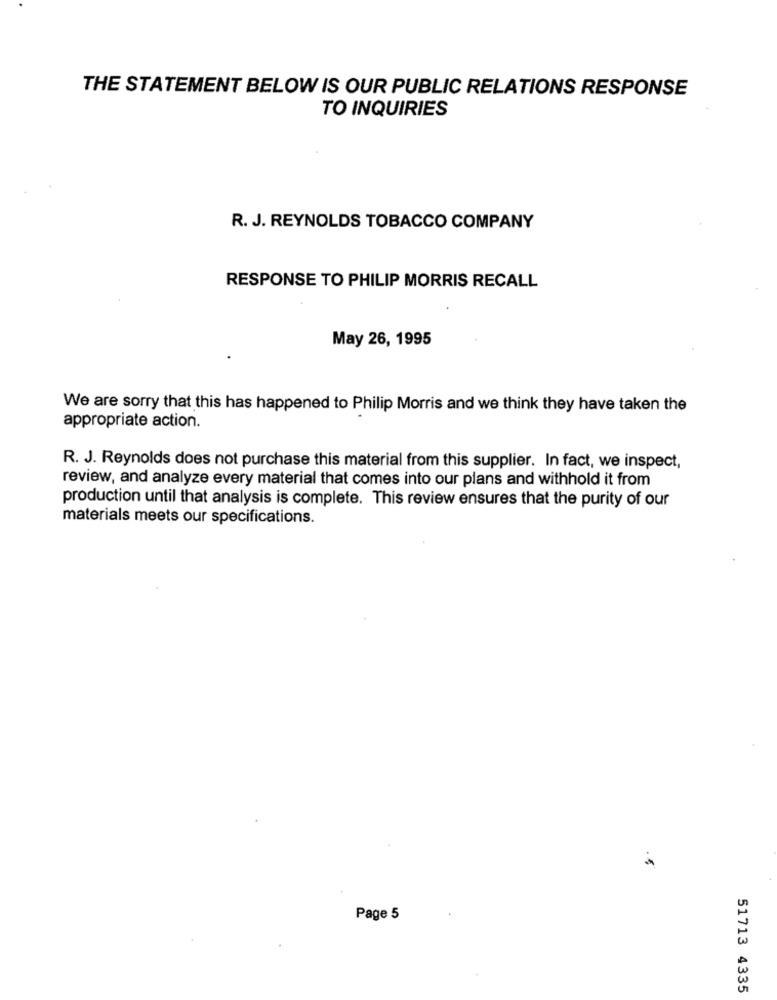
THE STATEMENT BELOW IS OUR PUBLIC RELATIONS RESPONSE
TO INQUIRIES
R. J. REYNOLDS TOBACCO COMPANY
RESPONSE TO PHILIP MORRIS RECALL
May 26, 1995
We are sorry that this has happened to Philip Morris and we think they have taken the
appropriate action.
R. J. Reynolds does not purchase this material from this supplier. In fact, we inspect,
review, and analyze every material that comes into our plans and withhold it from
production until that analysis is complete. This review ensures that the purity of our
materials meets our specifications.
Page 5
51713 4335